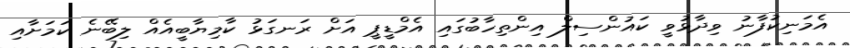
އެމަނިކުފާނު ވިދާޅުވީ ކައުންސިލް އިންތިހާބުގައި އެމްޑީޕީ އަށް ރަނގަޅު ކާމިޔާބީއެއް ލިބޭނެ ކަމަށާއި